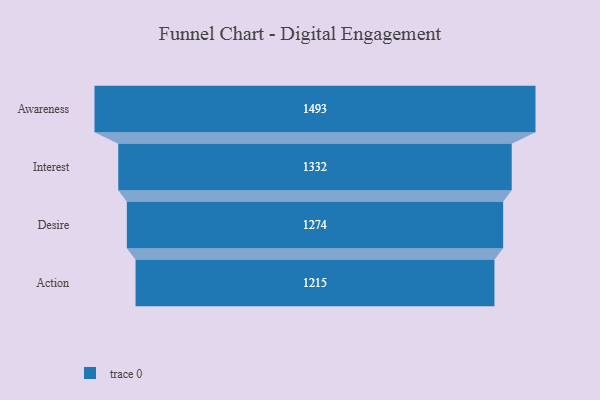
{"axis": {"x": "Stage", "y": "Value"}, "legend": [""], "data": [{"x": "Awareness", "y": 1493.0, "type": ""}, {"x": "Interest", "y": 1332.0, "type": ""}, {"x": "Desire", "y": 1274.0, "type": ""}, {"x": "Action", "y": 1215.0, "type": ""}]}